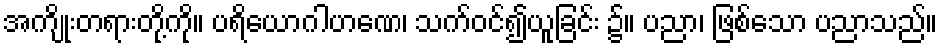
အကျိုးတရားတို့ကို။ ပရိယောဂါဟဏေ၊ သက်ဝင်၍ယူခြင်း ၌။ ပညာ၊ ဖြစ်သော ပညာသည်။